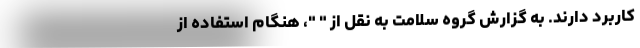
کاربرد دارند. به گزارش گروه سلامت به نقل از " "، هنگام استفاده از